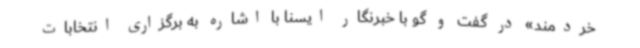
خردمند» در گفت و گو با خبرنگار ایسنا با اشاره به برگزاری انتخابات